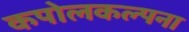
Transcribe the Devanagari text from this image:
कपोलकल्पना